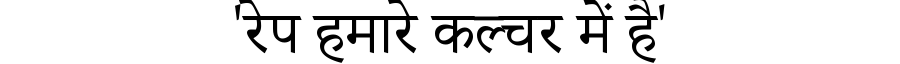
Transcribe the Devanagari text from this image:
'रेप हमारे कल्चर में है'